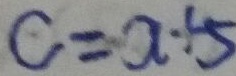
C = a + 5